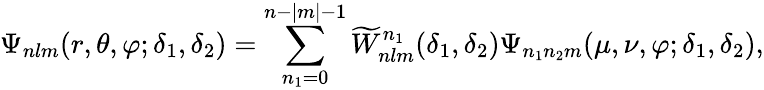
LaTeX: \Psi_{nlm}(r,\theta,\varphi;\delta_{1},\delta_{2})=\sum_{n_{1}=0}^{n-|m|-1}\widetilde W_{nlm}^{n_{1}}(\delta_{1},\delta_{2})\Psi_{n_{1}n_{2}m}(\mu,\nu,\varphi;\delta_{1},\delta_{2}),